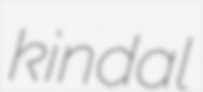
kindal